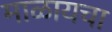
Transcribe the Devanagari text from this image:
माळायचा